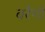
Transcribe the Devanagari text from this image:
बरैगो